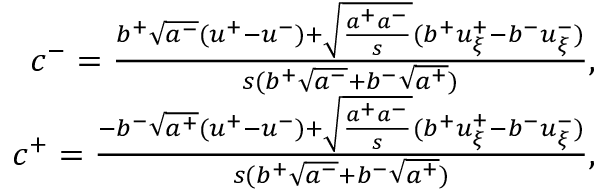
\begin{array} { r } { c ^ { - } = \frac { b ^ { + } \sqrt { a ^ { - } } ( u ^ { + } - u ^ { - } ) + \sqrt { \frac { a ^ { + } a ^ { - } } { s } } ( b ^ { + } u _ { \xi } ^ { + } - b ^ { - } u _ { \xi } ^ { - } ) } { s ( b ^ { + } \sqrt { a ^ { - } } + b ^ { - } \sqrt { a ^ { + } } ) } , } \\ { c ^ { + } = \frac { - b ^ { - } \sqrt { a ^ { + } } ( u ^ { + } - u ^ { - } ) + \sqrt { \frac { a ^ { + } a ^ { - } } { s } } ( b ^ { + } u _ { \xi } ^ { + } - b ^ { - } u _ { \xi } ^ { - } ) } { s ( b ^ { + } \sqrt { a ^ { - } } + b ^ { - } \sqrt { a ^ { + } } ) } , } \end{array}